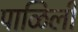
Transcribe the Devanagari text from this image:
पाळिली